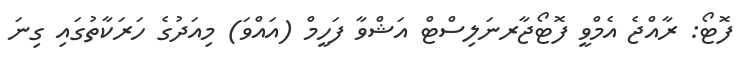
ފޮޓޯ: ރާއްޖެ އެމްވީ ފޮޓޯޖާރނަލިސްޓް އަޝްވާ ފަހީމް (އައްވަ) މިއަދުގެ ހަރަކާތުގައި ގިނަ